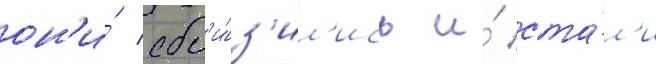
он'и́ сбл'и́з'ил'ись и́ ста́л'и